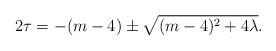
LaTeX: \begin{align*}2\tau = -(m-4) \pm \sqrt{(m-4)^2 + 4\lambda}.\end{align*}